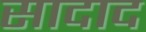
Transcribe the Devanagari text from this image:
सादाद